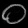
Digit: ၀